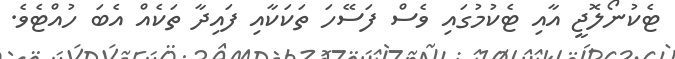
ޓެކުނޯލޮޖީ އާއި ޓެކުމުގައި ވެސް ފަސޭހަ ތަކަކާއި ފައިދާ ތަކެއް އެބަ ހުއްޓެވެ.